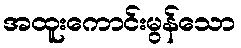
အထူးကောင်းမွန်သော